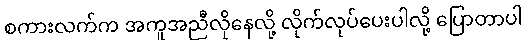
စကားလက်က အကူအညီလိုနေလို့ လိုက်လုပ်ပေးပါလို့ ပြောတာပါ